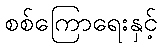
စစ်ကြောရေးနှင့်